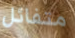
متفائل